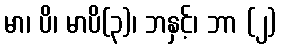
မာ၊ ပိ၊ မာပိ(၃)၊ ဘနှင့်၊ ဘာ (၂)